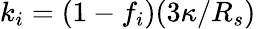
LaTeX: k_{i}=(1-f_{i})(3\kappa/R_{s})